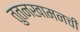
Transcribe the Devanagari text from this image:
तुतनखामनची